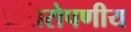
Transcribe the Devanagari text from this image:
प्रतिरोपणीय